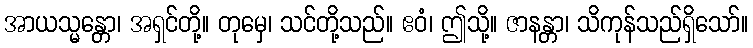
အာယသ္မန္တော၊ အရှင်တို့။ တုမှေ၊ သင်တို့သည်။ ဧဝံ၊ ဤသို့။ ဇာနန္တာ၊ သိကုန်သည်ရှိသော်။